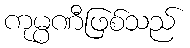
ကုမ္ပဏီဖြစ်သည်